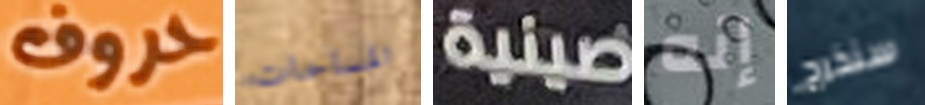
حروف المساحات صينية إنه سنخرج